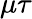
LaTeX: \mu\tau